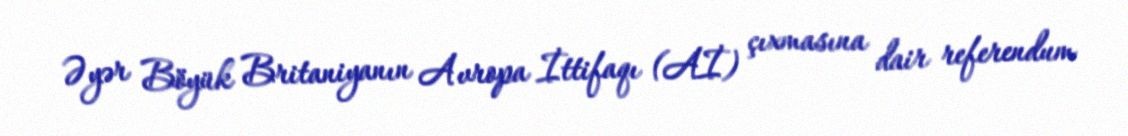
Əyər Böyük Britaniyanın Avropa İttifaqı (Aİ) çıxmasına dair referendum